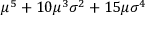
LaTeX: \mu ^ { 5 } + 1 0 \mu ^ { 3 } \sigma ^ { 2 } + 1 5 \mu \sigma ^ { 4 }